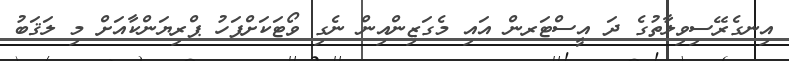
އިނގެރޭސިވިލާތުގެ ދަ އީސްޓަރން އައި މެގަޒިންއިން ނެގި ވޯޓަކަށްފަހު ޕްރިޔަންކާއަށް މި ލަޤަބު